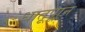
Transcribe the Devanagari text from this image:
धातूपाून